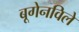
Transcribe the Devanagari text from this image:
बूगेनविले